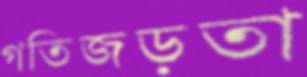
গতিজড়তা